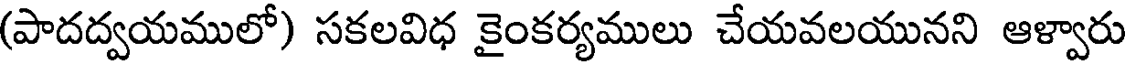
(పాదద్వయములో) సకలవిధ కైంకర్యములు చేయవలయునని ఆళ్వారు